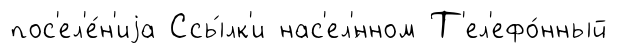
пос'ел'е́н'иjа Ссы́лк'и нас'ел'́нном Т'ел'ефо́нный